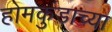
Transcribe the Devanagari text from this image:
होमकुंडाच्या